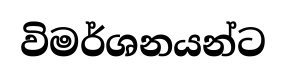
විමර්ශනයන්ට